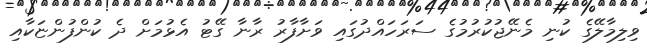
ވިލިމާލޭގެ ކުނި މެނޭޖުކުރުމުގެ ސަރަހައްދުގައި ވަށާފާރު ރާނާ ގޭޓު އެޅުމަށް ދެ ކުންފުންޏަކާއި